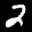
Label: 2